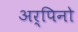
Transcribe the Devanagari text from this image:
अर्पिनो